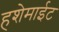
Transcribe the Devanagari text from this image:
हशेमाईट